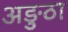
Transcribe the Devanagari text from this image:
अङुठा